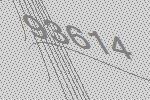
93614